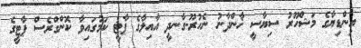
އިންޑިޔާގެ މަޝްހޫރު ސިޔާސީ ޚާންދާނު ނެހުރޫ-ގާނދީ އާއިލާގެ ޕާޓީ ކަމުގައިވާ ކޮންގްރެސް ޕާޓީގެ